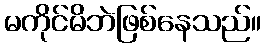
မကိုင်မိဘဲဖြစ်နေသည်။